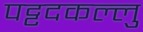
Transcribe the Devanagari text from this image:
पट्टदकल्लु